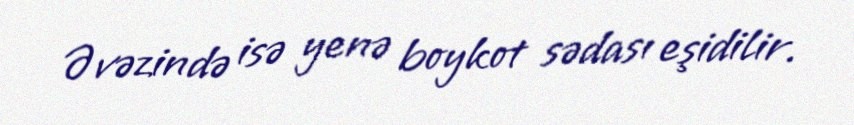
Əvəzində isə yenə boykot sədası eşidilir.